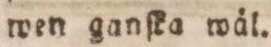
wen ganſka wäl.